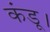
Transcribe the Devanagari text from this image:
कंडू।